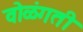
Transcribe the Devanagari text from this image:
वोळंगती